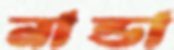
নান্ডা